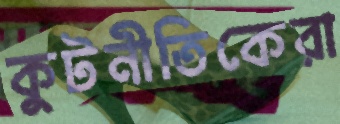
কুটনীতিকেরা